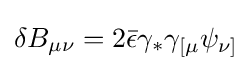
\delta B_{\mu \nu }=2{\bar {\epsilon }}\gamma _{*}\gamma _{[\mu }\psi _{\nu ]}